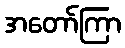
အတော်ကြာ